system: You are a helpful assistant.
user:
Analyze the provided spectrum to determine if it is a **White Dwarf (WD)**.

A White Dwarf spectrum is defined by its **extreme purity** (due to gravitational settling) and/or **extreme pressure broadening** (due to high surface gravity). You must check for one of the following mutually exclusive signatures:

- **Key Visual Indicators (Check for ONE of these types):**

    - **1. DA-Type Signature (Most Common):**
        - **(Primary Feature):** Extreme pressure broadening (Stark broadening) of the **Hydrogen (H) Balmer lines**.
        - **(Key Lines):** $H\beta$ (approx. $4861$ Å) and $H\gamma$ (approx. $4340$ Å). $H\alpha$ (approx. $6563$ Å) will also be present if the wavelength range covers it.
        - **(Line Profile):** This is the **defining feature**. The lines are **NOT** sharp. They appear as massive, **extremely broad and deep "troughs" or "dips"** in the spectrum, often hundreds of Ångströms wide. The continuum will appear to "scoop" down at these wavelengths.
        - **(Distinction):** Normal A-type or B-type stars have *narrow* and *sharp* Hydrogen lines. A DA White Dwarf's lines are unmistakably "smeared" or "blurry" from pressure.

    - **2. DB-Type Signature:**
        - **(Primary Feature):** Broad absorption lines from **Neutral Helium (He I)**. The spectrum must lack any visible Hydrogen lines.
        - **(Key Lines):** Look for broad absorption near $4471$ Å, $4921$ Å, and $5876$ Å.
        - **(Line Profile):** These lines are also significantly pressure-broadened, appearing much wider than they would in a normal B-type main-sequence star.

    - **3. DC-Type Signature:**
        - **(Primary Feature):** A **featureless continuous spectrum**.
        - **(Line Profile):** The spectrum is a smooth curve with **no significant absorption or emission lines**.
        - **(Key Confirmation):** The continuum is almost always **blue or white**, indicating a hot object. This signature implies the atmosphere is so pure (or so cool) that no spectral lines are visible in the optical range. Its WD identity is confirmed by its extremely low intrinsic brightness (high absolute magnitude).

    - **4. DZ-Type Signature (Metal-Polluted):**
        - **(Primary Feature):** **Isolated, narrow metal absorption lines** on an otherwise featureless (DC-like) continuum.
        - **(Key Lines):** The **Calcium (Ca II) H & K doublet** (approx. **$3934$ Å** and **$3968$ Å**) is the most common and defining feature.
        - **(Line Profile):** These lines are "out of place." They are *not* part of a "forest" of thousands of lines. This signature is evidence of recent *accretion* (pollution) from rocky debris.
        - **(Distinction):** Normal G/K/M stars have a *dense forest* of thousands of metal lines. A DZ has a *clean* continuum with *only a few* strong metal lines.

    - **5. DQ-Type Signature (Carbon-Polluted):**
        - **(Primary Feature):** Absorption bands from **Carbon (C₂ "Swan Bands" or atomic C I)**.
        - **(Key Lines - C₂):** Look for bandheads with a "saw-tooth" shape near $5635$ Å, **$5165$ Å** (strongest), and $4737$ Å.
        - **(Key Confirmation):** The underlying **continuum must be blue or white** (hot).
        - **(Distinction):** This is the critical difference from a **Carbon Star**, which has the *exact same* C₂ bands but on an extremely **red, cool** continuum.

- **(Overall Spectrum):**
    - The continuum (overall shape) is typically **blue-sloping** (brighter in the blue than the red), as most white dwarfs are very hot.
    - The spectrum will look "pure" or "simple," dominated by only *one* of the five signatures listed above.

Think first, call **spectral_visualization_tool** if needed to examine features in detail, then provide your final answer. Your response must adhere to the following strict rules:
1.  **Overall Structure:** Your response must follow the format `<think>...</think> <tool_call>...</tool_call> (if a tool is used) <answer>...</answer>`.
2.  **Tool Usage Constraint:** You may only make **one** tool call per turn.
3.  **Final Answer Format:** In the `<answer>` tag, your conclusion must be inside a `\boxed{}` command (e.g., `\boxed{YES}` or `\boxed{NO}`), followed by your justification.

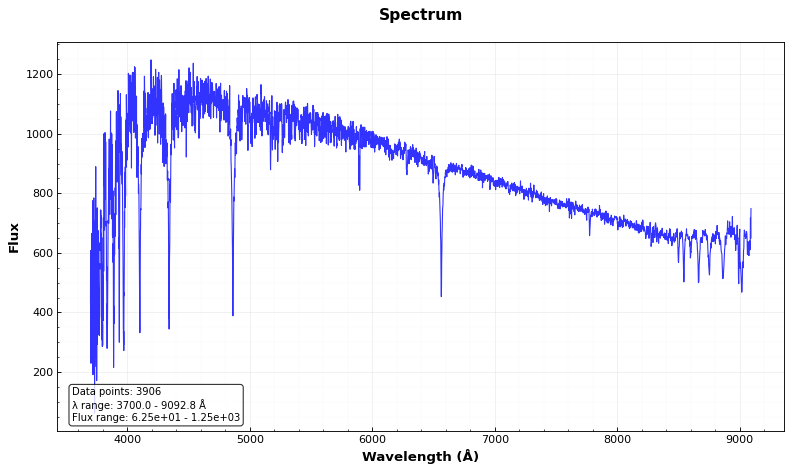
Answer: NO